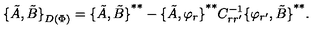
{ \{ \tilde { A } , \tilde { B } \} } _ { D ( \Phi ) } = { \{ \tilde { A } , \tilde { B } \} } ^ { * * } - { \{ \tilde { A } , \varphi _ { r } \} } ^ { * * } C _ { r r ^ { \prime } } ^ { - 1 } { \{ \varphi _ { r ^ { \prime } } , \tilde { B } \} } ^ { * * } .